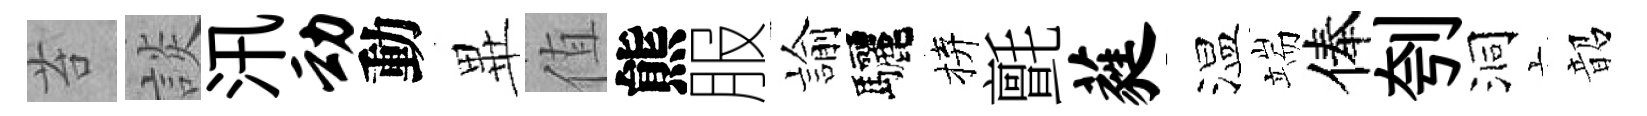
苔談汛动動𭺾值熊服諭驅拚氈蕤温端俸刳洞韶